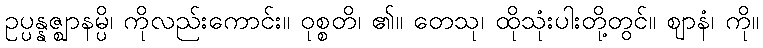
ဥပ္ပန္နဇ္ဈာနမ္ပိ၊ ကိုလည်းကောင်း။ ဝုစ္စတိ၊ ၏။ တေသု၊ ထိုသုံးပါးတို့တွင်။ ဈာနံ၊ ကို။